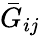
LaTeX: \bar{G}_{ij}